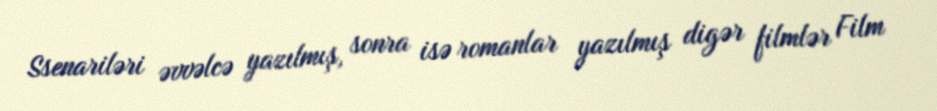
Ssenariləri əvvəlcə yazılmış, sonra isə romanlar yazılmış digər filmlər Film